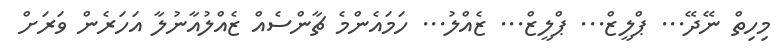
މިހިތް ނޭދޭ... ޕްލީޒް... ޕްލީޒް... ޒެއްލު... ހަމައެންމެ ޗާންސެއް ޒެއްލުއާނުލާ އަހަރެން ވަރަށް